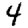
Digit: 4